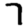
Digit: 7